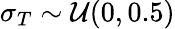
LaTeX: \sigma_{T}\sim\mathcal{U}(0,0.5)